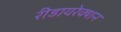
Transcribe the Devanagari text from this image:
रीडायरेक्शन